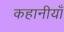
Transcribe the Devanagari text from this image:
कहानीयाँ